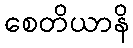
စေတိယာနိ